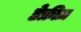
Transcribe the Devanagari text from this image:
डेफ्रीज़